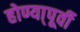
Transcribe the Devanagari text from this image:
होण्या्पूर्वी